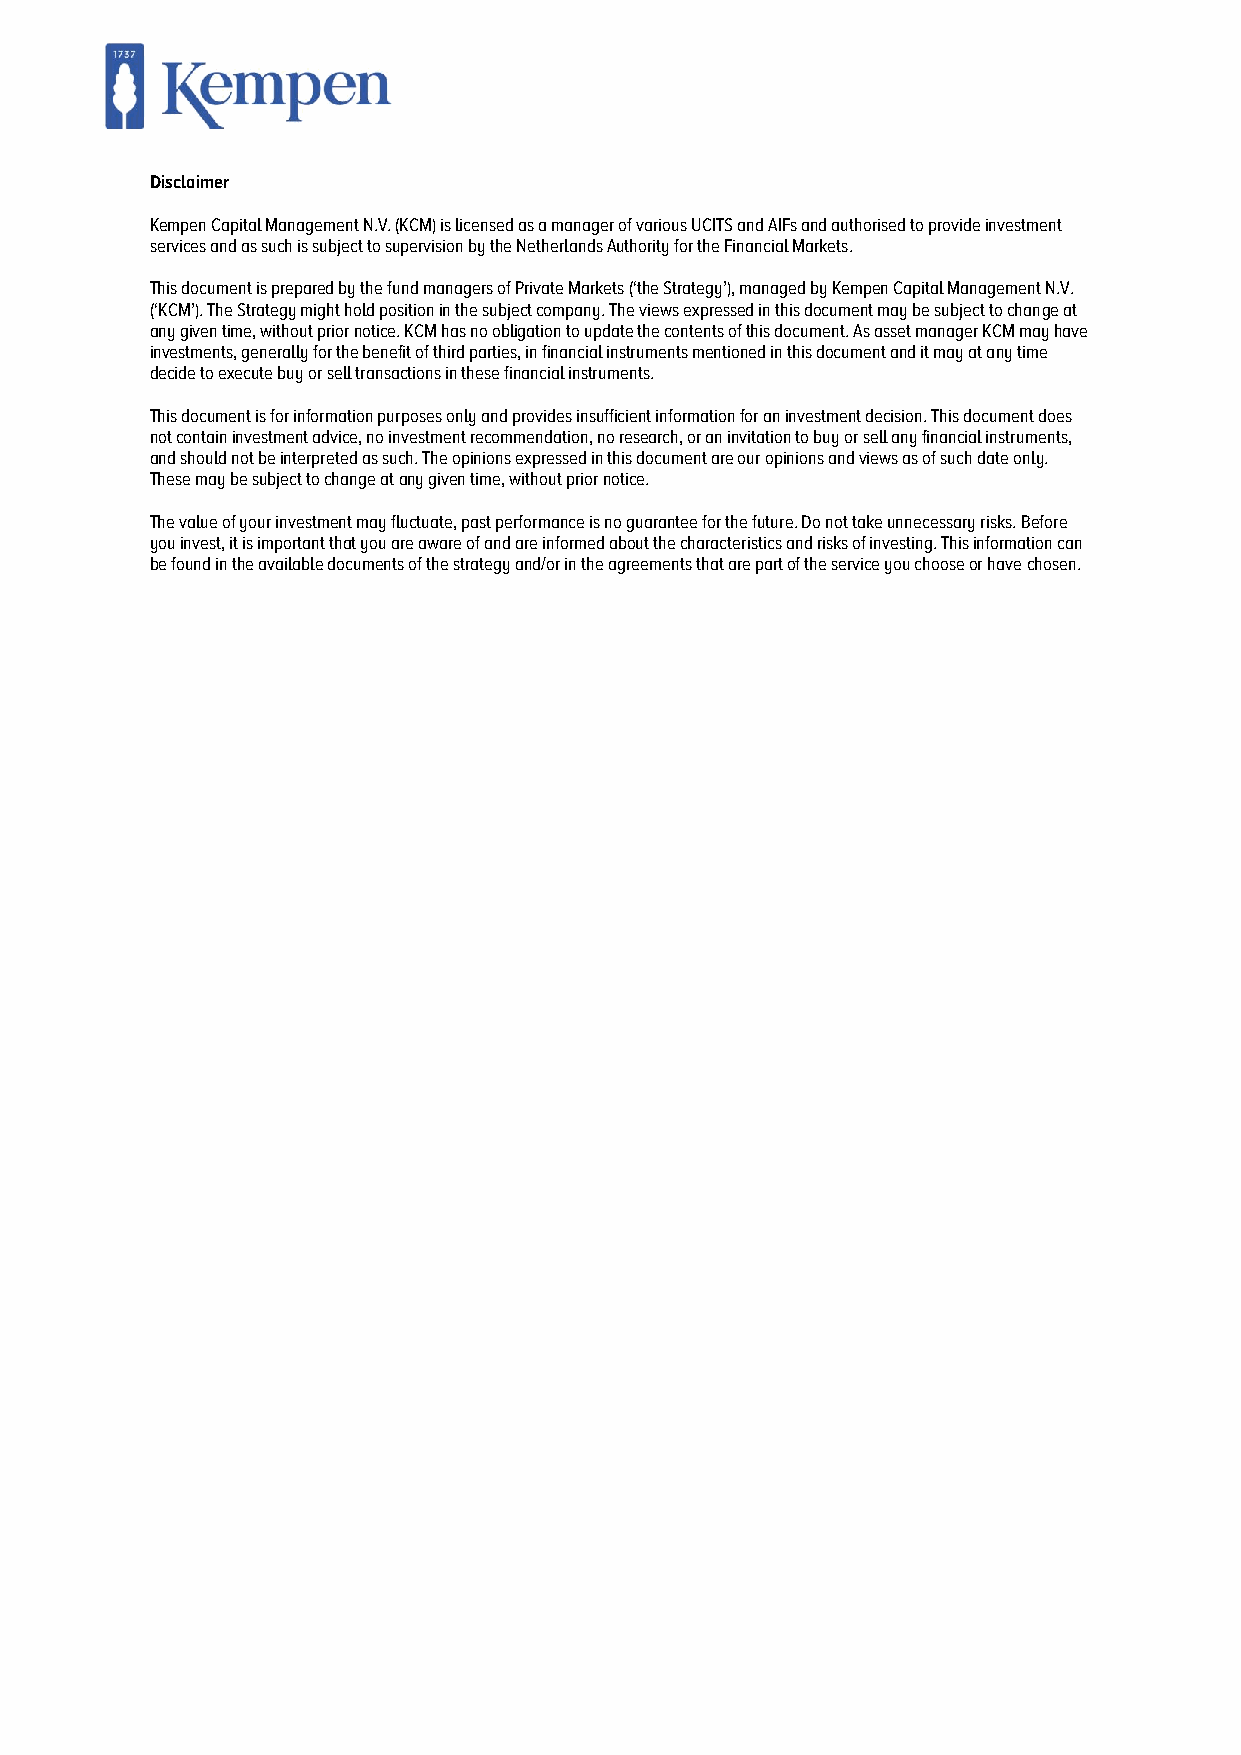
Disclaimer
 Kempen Capital Management N.V. (KCM) is licensed as a manager of various UCITS and AIFs and authorised to provide investment
 services and as such is subject to supervision by the Netherlands Authority for the Financial Markets.
 This document is prepared by the fund managers of Private Markets (‘the Strategy’), managed by Kempen Capital Management N.V.
 (‘KCM’). The Strategy might hold position in the subject company. The views expressed in this document may be subject to change at
 any given time, without prior notice. KCM has no obligation to update the contents of this document. As asset manager KCM may have
 investments, generally for the benefit of third parties, in financial instruments mentioned in this document and it may at any time
 decide to execute buy or sell transactions in these financial instruments.
 This document is for information purposes only and provides insufficient information for an investment decision. This document does
 not contain investment advice, no investment recommendation, no research, or an invitation to buy or sell any financial instruments,
 and should not be interpreted as such. The opinions expressed in this document are our opinions and views as of such date only.
 These may be subject to change at any given time, without prior notice.
 The value of your investment may fluctuate, past performance is no guarantee for the future. Do not take unnecessary risks. Before
 you invest, it is important that you are aware of and are informed about the characteristics and risks of investing. This information can
 be found in the available documents of the strategy and/or in the agreements that are part of the service you choose or have chosen.